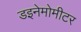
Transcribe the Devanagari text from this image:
डइनेमोमीटर